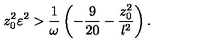
z _ { 0 } ^ { 2 } \varepsilon ^ { 2 } > { \frac { 1 } { \omega } } \left( - { \frac { 9 } { 2 0 } } - { \frac { z _ { 0 } ^ { 2 } } { l ^ { 2 } } } \right) .